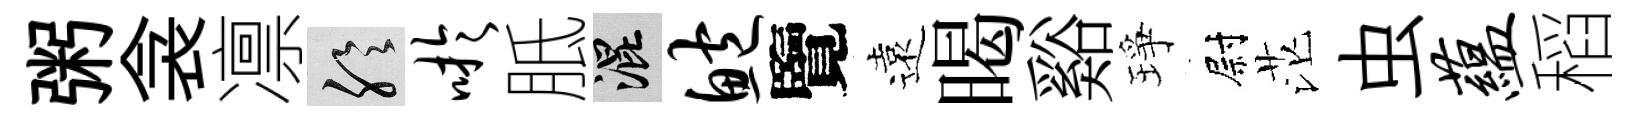
粥衾凛聆吁胝混鲍覽遠暍谿琤尉茫虫蕴稻